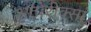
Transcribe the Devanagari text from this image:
अटोरीक्सा